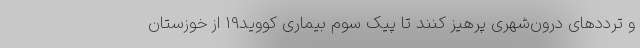
و ترددهای درون‌شهری پرهیز کنند تا پیک سوم بیماری کووید19 از خوزستان